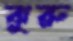
ঝুরু